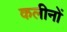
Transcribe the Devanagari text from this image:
कलीनों